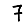
Digit: 7